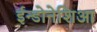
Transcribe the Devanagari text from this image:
ईन्डोनेशिआ